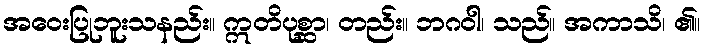
အဝေးပြုဘူးသနည်း။ ဣတိပုစ္ဆာ၊ တည်း။ ဘဂဝါ၊ သည်။ အကာသိ၊ ၏။